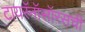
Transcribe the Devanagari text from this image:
टायरॅनॉसॉरसची